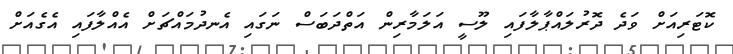
ކޮޓަރިއަށް ވަދެ ދޮރުލައްޕާލާފައި ލޫސީ އަލަމާރިން އަތްދަބަސް ނަގައި އެނދުމައްޗަށް އެއްލާފައި އެގެއަށް